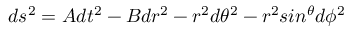
d s ^ { 2 } = A d t ^ { 2 } - B d r ^ { 2 } - r ^ { 2 } d \theta ^ { 2 } - r ^ { 2 } s i n ^ { \theta } d \phi ^ { 2 }